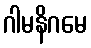
ဂါမနိဂမေ